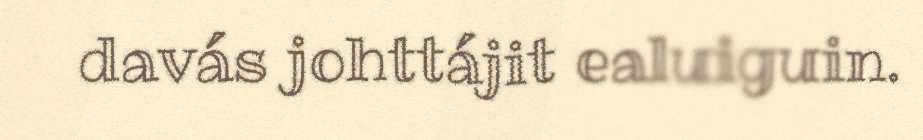
davás johttájit ealuiguin.